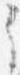
之